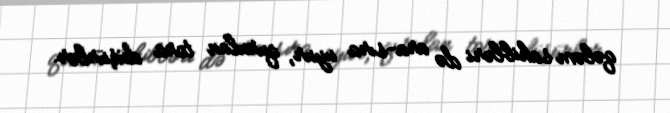
qələm sahibləri də ara-sıra uyur, qurulan tora düşürlər.